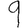
Digit: 9